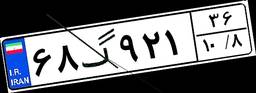
۶۸گ۹۲۱۳۶